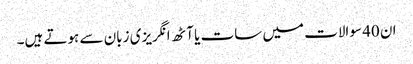
ان 40 سوالات میں سات یا آٹھ انگریزی زبان سے ہوتے ہیں۔